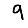
Digit: 9